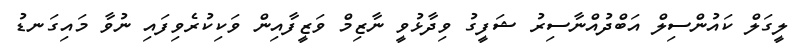
ލީގަލް ކައުންސިލް އަބްދުއްނާސިރު ޝަފީގު ވިދާޅުވީ ނާޒިމް ވަޒީފާއިން ވަކިކުރެވިފައި ނުވާ މައިގަނޑު